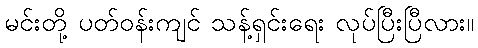
မင်းတို့ ပတ်ဝန်းကျင် သန့်ရှင်းရေး လုပ်ပြီးပြီလား။